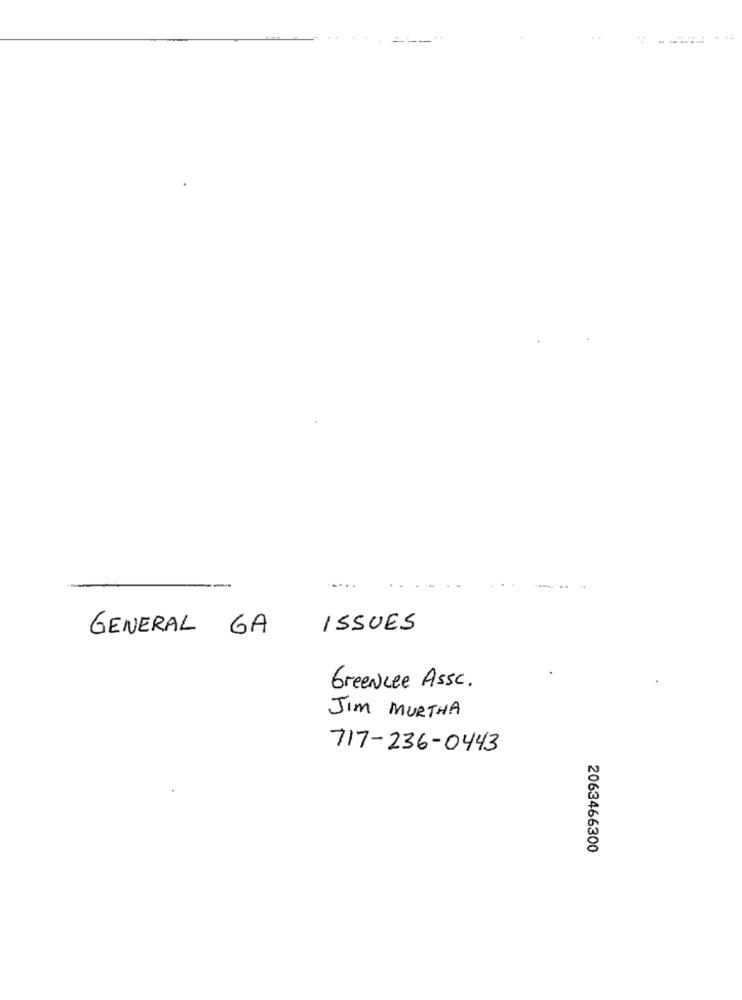
GENERAL GA
ISSUES
GreenLee Assc.
JIM MURTHA
717-236-0443
2063466300